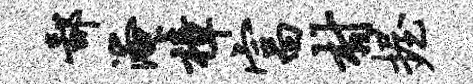
鄙淹樟富村握